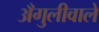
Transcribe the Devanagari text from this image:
अँगुलीवाले